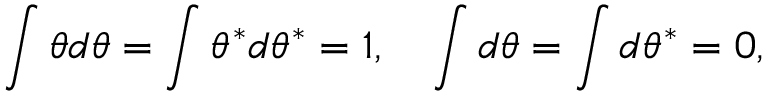
\int \theta d \theta = \int \theta ^ { \ast } d \theta ^ { \ast } = 1 , ~ ~ ~ \int d \theta = \int d \theta ^ { \ast } = 0 ,